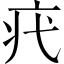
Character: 𤴵